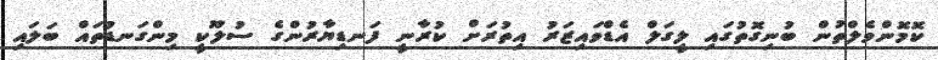
ކޮމޮންވެލްތުން ބުނިގޮތުގައި ލީގަލް އެޑްވައިޒަރު އިތުރަށް ކުރާނީ ފަނޑިޔާރުންގެ ސުލޫކީ މިންގަނޑުތައް ބަލައި